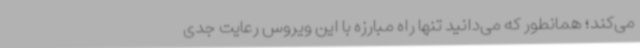
می‌کند؛ همانطور که می‌دانید تنها راه مبارزه با این ویروس رعایت جدی